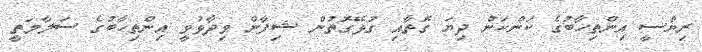
ރިޔާސީ އިންތިހާބުގެ ކަންކަން ދިޔަ ގޮތާއި ގުޅޭގޮތުން ޝިފާން ވިދާޅުވީ އިންތިހާބުގެ ސަލާމަތީ